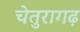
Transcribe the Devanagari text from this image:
चेतुरागढ़